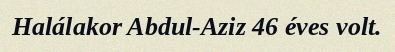
Halálakor Abdul-Aziz 46 éves volt.